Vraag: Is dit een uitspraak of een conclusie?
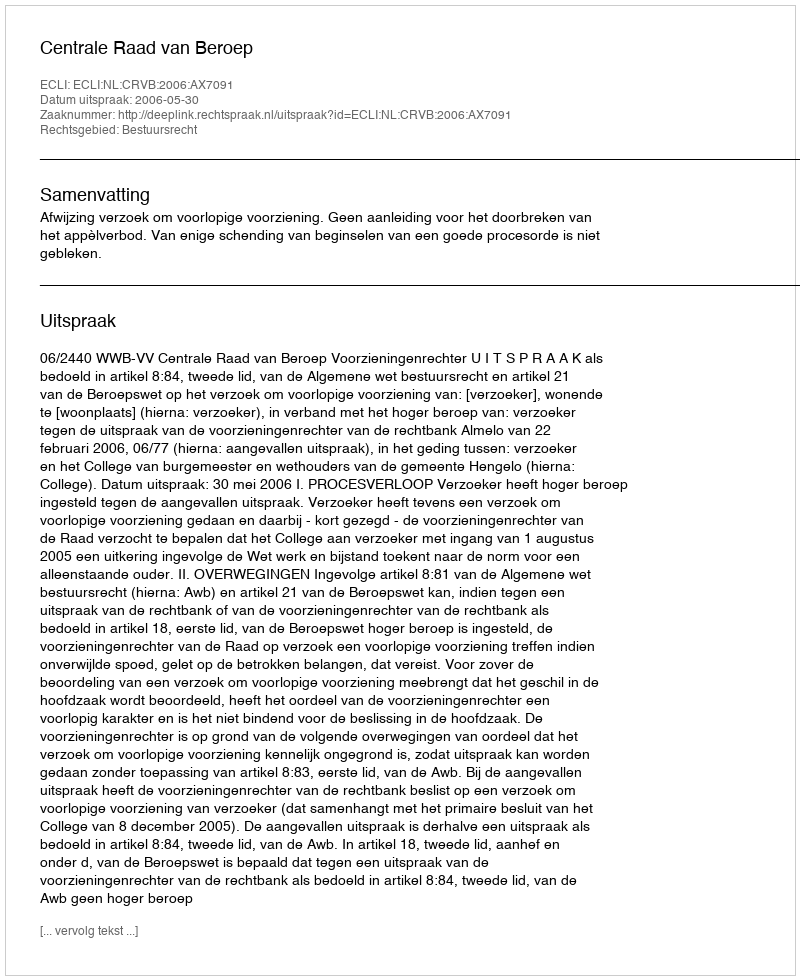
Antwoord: Uitspraak